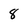
Character: 8